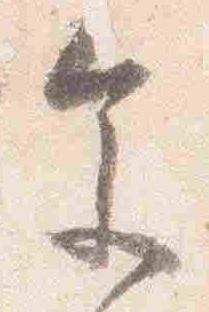
参